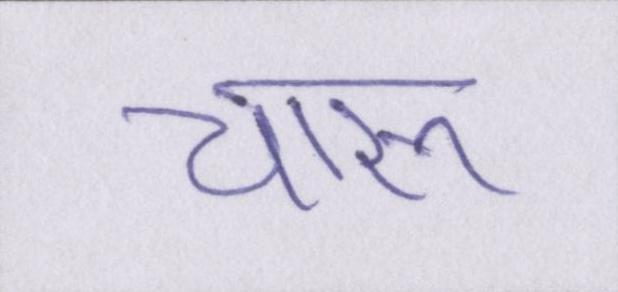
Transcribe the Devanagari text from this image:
चारू